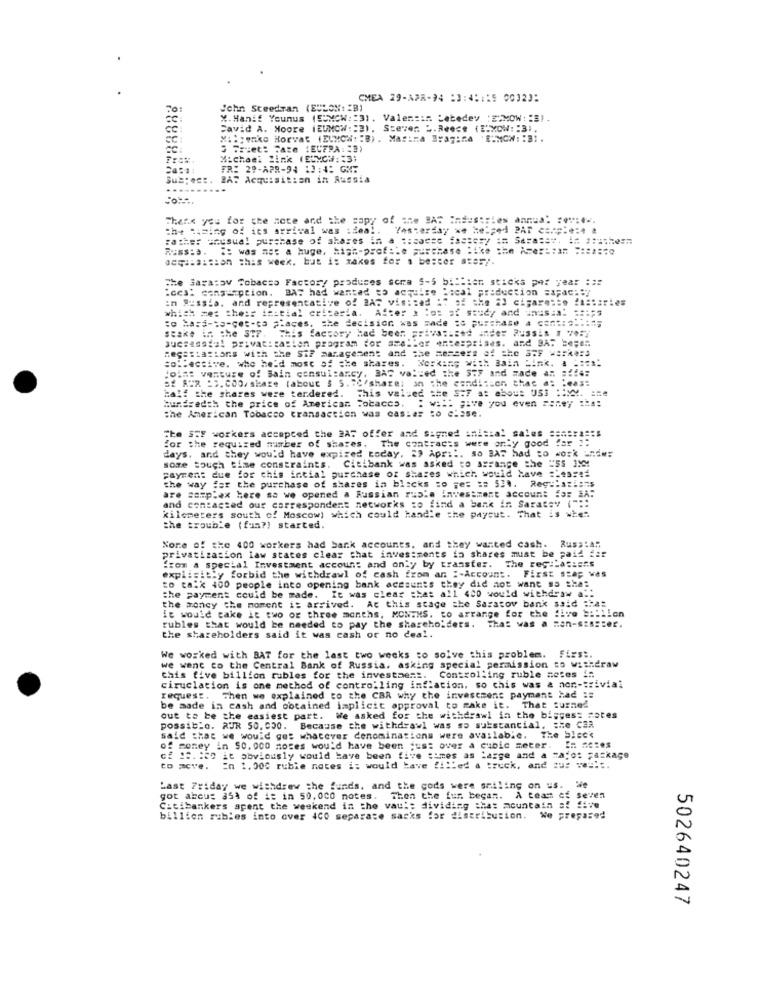
CMEA 29-APR-34 :3:4:1:5 00023:
201
John Steedran (BULON: 2B)
%.Hanif Younus (SUMCW :: 3). Valensim Lebedev :E:MOW: "B).
CC
David A. Moore (EUNOW: : 21. Steven. .. Reece (#:XCW: : 31.
Mi :; wako Horvat (ELMOW: : B). Masima Brag:ca :MON: : #1.
3 Truet: Taze (EUFRA : "2)
Michael link (EUMCH: : 3;
FR: 29-APR-94 13:41 GMT
Sus: ect. BAS Acquisition in Aussia
Thank you for the note and the copy of the BAT Industries anma: :***:...
the timing of its arrival was theal.
Father seusual purchase of shares in a :: satse ====== y == Sara == #. ## # ::: 5057
Russ:a. : was not a huge, high-profile purchase :4k
depila:sion this week, but i: makes for a better story.
The Saratov Tobacso Factory produces sora $-5 billion sticks per year :::
:ces: cans= pcion. BAS had wanted to acquire Focal production =apac:by
in Russia, and representative of BAR vis: sad :" of the $) cigarette Za:taries
which met the :: initial criteria.
After . : os of study and In=s.a. === $3
to hara-ta-get-to places. she decision was made :o purchase a cart:a ....
stake in the 3.7.
This factory had been priva :. zes Inder Russis I Ve5
Juesasste! privatisation program for smaller entesprises. and BA: = e;e ..
Regestations with the Sif management and the messers of the SWF Markers
collective. who he'd most of the shares. Working with Bain Link. . .: "1.
:OM: venture of Bain consultancy. BAS valued the STF and wade == =
S2 RCR :2.000/ share (about $ 5 .: C'share) an the condition that a: "eas:
half the shares were tendered. This valued the 3:7 at about USI :IXX. ==
hundredth the price of American Tobacco. : w ::: give you even == rey :"a:
the American Tobacco transaction was cas:ar to clase.
for the required number of shares. The contracts were only good for ":
"te STF workers accepted the 2AT offer and signed anisial sales senere =: s
days, and they would have expired today. 29 April. so BAS had to work undw:
payment due for chis intial purchase of shares which would have == 99:42
some touch time constraints. Citibank was asked to arrange the "55 IMM
the way for the purchase of shares in blacks to je= == 53 .. Regulations
are samplex here sa we opened a Russian ruble investment account fa: #A:
and contacted our correspondent networks to find a bank ir Saratsy (" ::
kilometers south of Moscow) which could handle the paysut. That is when
the trouble (fum?) started.
privatization law states clear that investments in shares must be paid f:2
None of the 400 workers had bank accounts, and they wanted cash. Rus :: AR
explicitly forbid the withdrawl of cash from an :- Account. First stap was
from a special Investment account and only by transfer. The reg:basis's
the payment could be made. It was clear =has all 400 would withdraw a !!
to talk 400 people into opening bank accounts they did not want ss sha:
the money the moment it arrived. At this stage the Saratov bank said :hat
it would take it two or three months, MONTHS. to arrange for the five =: "lion
rubles that would be needed to pay the shareholders. That was a man-sisster.
the shareholders said it was cash or no deal.
We worked with BAT for the last two weeks to solve this problem. first.
we went to the Central Bank of Russia, asking special permission to withdraw
Controlling ruble meses in
this five billion rubles for the investment.
ciruclation is one method of controlling inflation, so chis was & non-trivial
request. Then we explained to the CAR why the investment payment had ::
be made in cash and obtained implicit approval to make it. That turned
out to be the easiest part. We asked for the withdrawl in the biggest notes
possible. RUR 50. 000. Because the withdrawl was so substancial, the CaR
said that we would go: whatever denominations were available.
The black
of money in $0. 000 moses would have been just over a cubic meter.
of 25. 120 it obviously would have been five times as Large and a majo: Package
En 1. 000 rubie nates i: would have !! lled a truck, and aus ve =...
Last Friday we withdrew the funds, and the gods were smiling on us. Wie
got abou: 35% of it in 50,000 notes. Then the fur began. A team of seven
Citibankers spent the weekend in the vaul: dividing that mountain =! five
billion rubles into over 400 separate sacks for distribution.
502640247